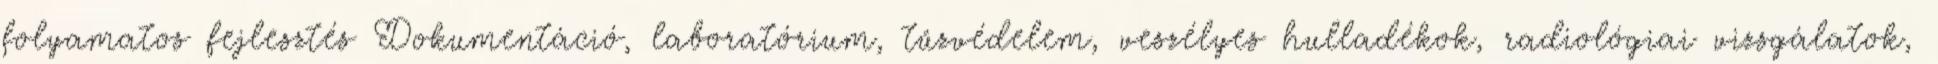
folyamatos fejlesztés Dokumentáció, laboratórium, tűzvédelem, veszélyes hulladékok, radiológiai vizsgálatok,